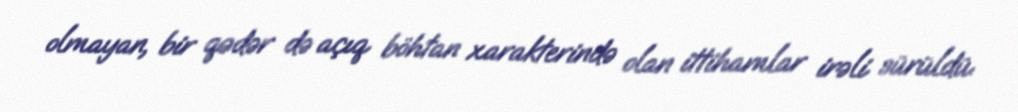
olmayan, bir qədər də açıq böhtan xarakterində olan ittihamlar irəli sürüldü.